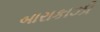
બારાકાઝી